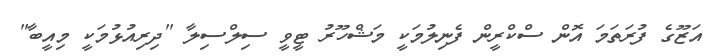
އަޒޫގެ ފުރަތަމަ އޮން ސްކްރީން ފެނިލުމަކީ މަޝްހޫރު ޓީވީ ސިލްސިލާ "ދިރިއުޅުމަކީ މިއީބާ"